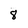
Character: 8